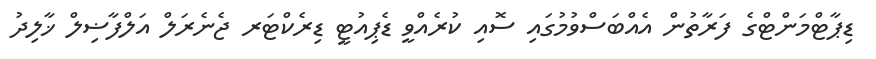
ޑިޕާޓްމަންޓްގެ ފަރާތުން އެއްބަސްވުމުގައި ސޮއި ކުރެއްވީ ޑެޕިއުޓީ ޑިރެކްޓަރ ޖެނެރަލް އަލްފާޟިލް ޚާލިދު